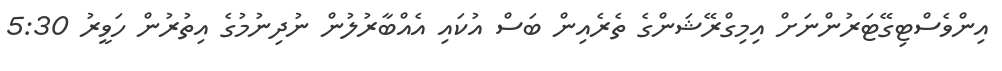
އިންވެސްޓިގޭޓަރުންނަށް އިމިގްރޭޝަންގެ ތެރެއިން ބަސް އުކައި އެއްބާރުލުން ނުދިނުމުގެ އިތުރުން ހަވީރު 5:30